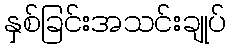
နှစ်ခြင်းအသင်းချုပ်